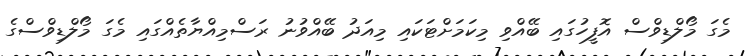
މެގަ މޯލްޑިވްސް އޮފީހުގައި ބޭއްވި މިކަމަށްޓަކައި މިއަދު ބޭއްވުނު ރަސްމިއްޔާތެއްގައި މެގަ މޯލްޑިވްސްގެ